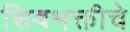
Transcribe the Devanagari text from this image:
शिवभक्तीचे